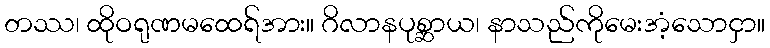
တဿ၊ ထိုဝရုဏမထေရ်အား။ ဂိလာနပုစ္ဆာယ၊ နာသည်ကိုမေးအံ့သောငှာ။